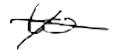
Text: to
Cross-out: cross
Writing tool: digital_black